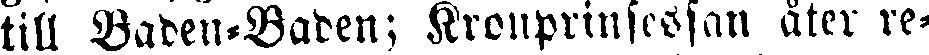
till Baden-Baden; Kronprinsessan åter re-